Document type: Sale
Year: 1423
Scribe: Joan Franc
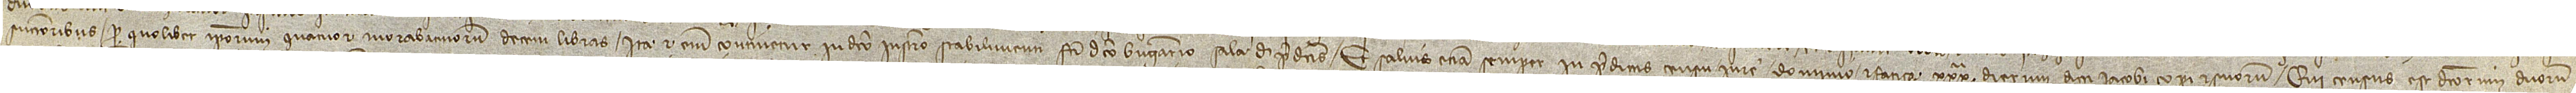
successoribus pro quolibet ipsorum quatuor morabatinorum decem libras. Ita et enim continetur in dicto instrumento stabilimenti facti dicto Berengario Sala de predictis. Et salvis etiam semper in predictis censu, iure, dominio et fatica XXXª dierum dicti Iacobi Copi et suorum. Qui census est dictorum duorum